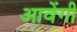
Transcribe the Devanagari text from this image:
आवेंगी